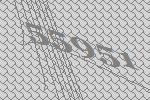
55951